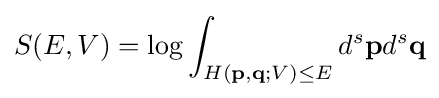
S(E,V)=\log \int _{H(\mathbf {p} ,\mathbf {q} ;V)\leq E}d^{s}\mathbf {p} d^{s}\mathbf {q}